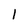
Character: 1